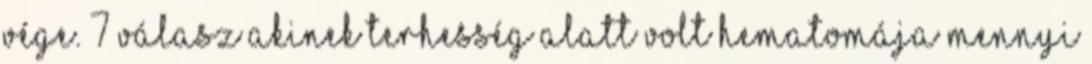
vége. 7 válasz Akinek terhesség alatt volt hematomája mennyi